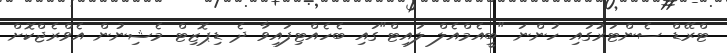
ޓްރޭޑް ސެންޓަރުގައި ހުންނަ "ބީއެމްއެލް ލައިޓް"ގައި ބެހެއްޓިފައިވާ ދެ ޑިޕޮޒިޓް މެޝިނުން އެވްރެޖްކޮށް